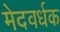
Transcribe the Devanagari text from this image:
मेदवर्धक